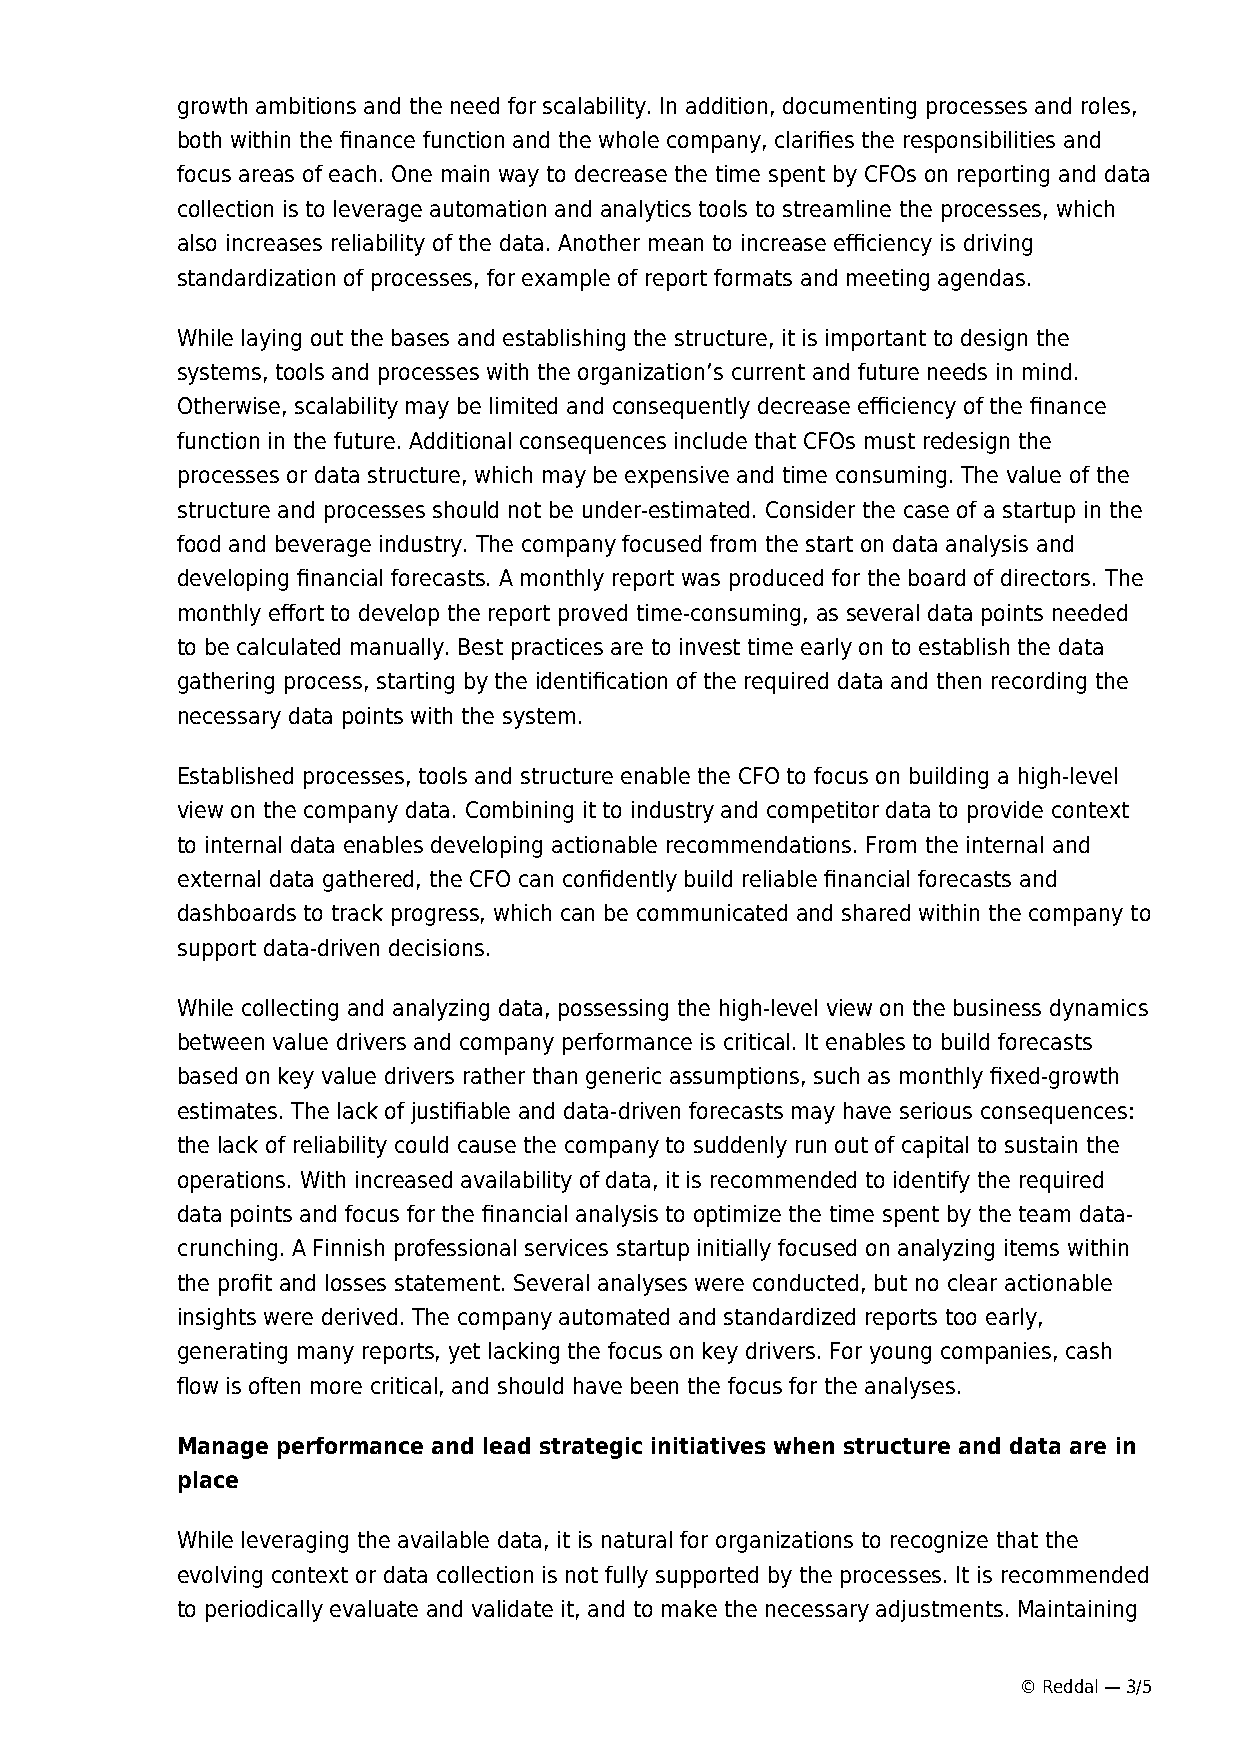
growth ambitions and the need for scalability. In addition, documenting processes and roles,
 both within the finance function and the whole company, clarifies the responsibilities and
 focus areas of each. One main way to decrease the time spent by CFOs on reporting and data
 collection is to leverage automation and analytics tools to streamline the processes, which
 also increases reliability of the data. Another mean to increase efficiency is driving
 standardization of processes, for example of report formats and meeting agendas.
 While laying out the bases and establishing the structure, it is important to design the
 systems, tools and processes with the organization’s current and future needs in mind.
 Otherwise, scalability may be limited and consequently decrease efficiency of the finance
 function in the future. Additional consequences include that CFOs must redesign the
 processes or data structure, which may be expensive and time consuming. The value of the
 structure and processes should not be under-estimated. Consider the case of a startup in the
 food and beverage industry. The company focused from the start on data analysis and
 developing financial forecasts. A monthly report was produced for the board of directors. The
 monthly effort to develop the report proved time-consuming, as several data points needed
 to be calculated manually. Best practices are to invest time early on to establish the data
 gathering process, starting by the identification of the required data and then recording the
 necessary data points with the system.
 Established processes, tools and structure enable the CFO to focus on building a high-level
 view on the company data. Combining it to industry and competitor data to provide context
 to internal data enables developing actionable recommendations. From the internal and
 external data gathered, the CFO can confidently build reliable financial forecasts and
 dashboards to track progress, which can be communicated and shared within the company to
 support data-driven decisions.
 While collecting and analyzing data, possessing the high-level view on the business dynamics
 between value drivers and company performance is critical. It enables to build forecasts
 based on key value drivers rather than generic assumptions, such as monthly fixed-growth
 estimates. The lack of justifiable and data-driven forecasts may have serious consequences:
 the lack of reliability could cause the company to suddenly run out of capital to sustain the
 operations. With increased availability of data, it is recommended to identify the required
 data points and focus for the financial analysis to optimize the time spent by the team data-
 crunching. A Finnish professional services startup initially focused on analyzing items within
 the profit and losses statement. Several analyses were conducted, but no clear actionable
 insights were derived. The company automated and standardized reports too early,
 generating many reports, yet lacking the focus on key drivers. For young companies, cash
 flow is often more critical, and should have been the focus for the analyses.
 Manage performance and lead strategic initiatives when structure and data are in
 place
 While leveraging the available data, it is natural for organizations to recognize that the
 evolving context or data collection is not fully supported by the processes. It is recommended
 to periodically evaluate and validate it, and to make the necessary adjustments. Maintaining
 © Reddal — 3/5